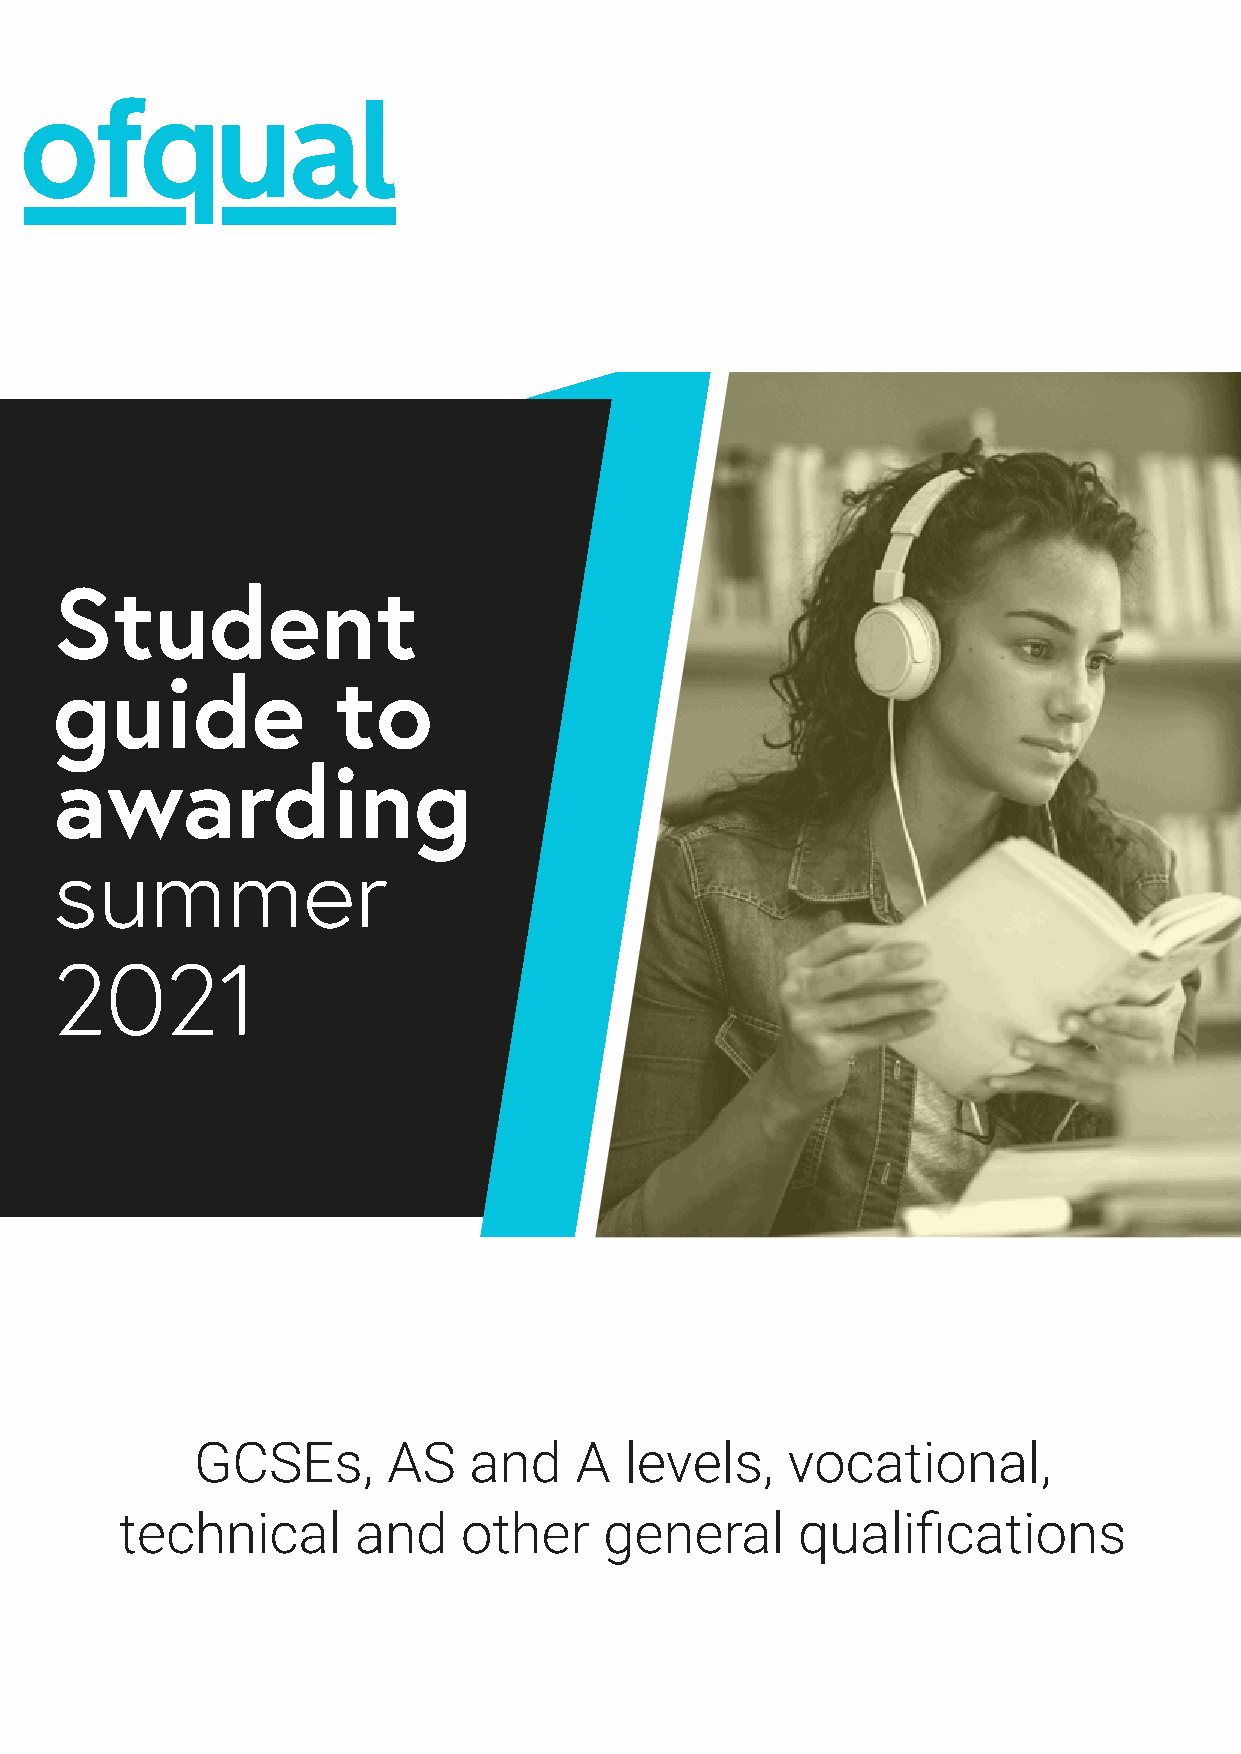
Student
 guide             to
 awarding
 summer
 2021
 GCSEs,       AS   and    A  levels,    vocational,
 technical      and     other    general      qualifications